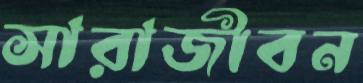
সারাজীবন